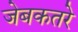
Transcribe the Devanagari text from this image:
जेबकतरे